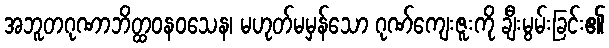
အဘူတဂုဏာဘိတ္ထဝနဝသေန၊ မဟုတ်မမှန်သော ဂုဏ်ကျေးဇူးကို ချီးမွမ်းခြင်း၏